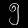
Digit: ၅